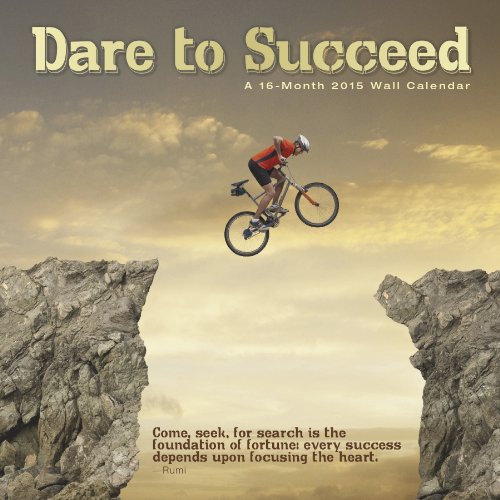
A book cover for Dare To Succeed 2015 Wall Calendar; Trends International; Calendars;